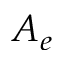
A _ { e }